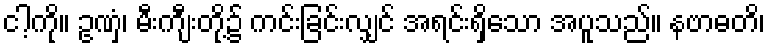
ငါ့ကို။ ဥဏှံ၊ မီးကျီးတို့၌ ကင်းခြင်းလျှင် အရင်းရှိသော အပူသည်။ နဗာဓတိ၊